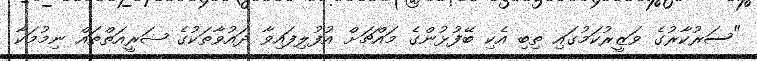
"ސަރުކާރުގެ ވަޒީރުކަމުގައި ތިބި އެކި ބޭފުޅުންގެ މައްޗަށް އުފުލިފައިވާ ދައުވާތަކުގެ ޝަރީއަތްތައް ނިމުމަކާ